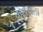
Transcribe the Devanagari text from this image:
कराडाला